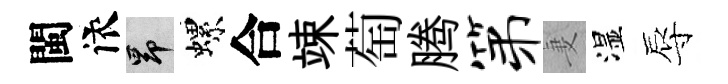
閩依昂螺合竦萄腾第妻湿辱